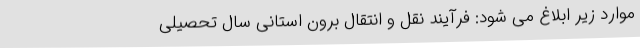
موارد زیر ابلاغ می شود: فرآیند نقل و انتقال برون استانی سال تحصیلی